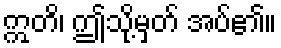
ဣတိ၊ ဤသို့မှတ် အပ်၏။